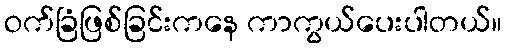
ဝက်ခြံဖြစ်ခြင်းကနေ ကာကွယ်ပေးပါတယ်။